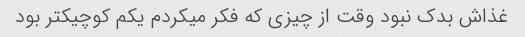
غذاش بدک نبود وقت از چیزی که فکر میکردم یکم کوچیکتر بود